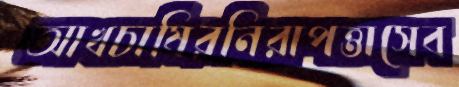
আখচাষিরনিরাপত্তাসেব